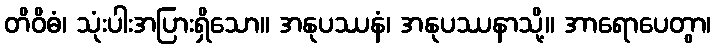
တိဝိဓံ၊ သုံးပါးအပြားရှိသော။ အနုပဿနံ၊ အနုပဿနာသို့။ အာရောပေတွာ၊